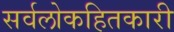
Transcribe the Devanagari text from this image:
सर्वलोकहितकारी